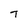
Character: 7